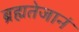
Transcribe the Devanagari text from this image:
ब्रह्मतेजानं